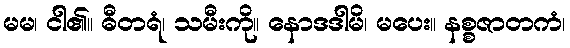
မမ၊ ငါ၏။ ဓီတရံ၊ သမီးကို။ နောဒဒါမိ၊ မပေး။ နစ္စဇာတကံ၊